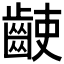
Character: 𪘌